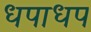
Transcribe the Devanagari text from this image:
धपाधप